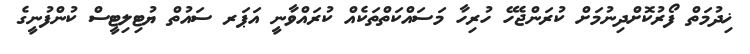
ޚިދުމަތް ފޯރުކޮށްދިނުމަށް ކުރަންޖެހޭ ހުރިހާ މަސައްކަތްތަކެއް ކުރައްވާނީ އަޕަރ ސައުތް ޔުޓިލިޓީސް ކުންފުނީގެ